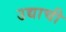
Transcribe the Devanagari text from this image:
उद्याची